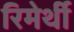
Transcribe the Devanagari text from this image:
रिमेर्थी